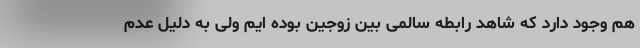
هم وجود دارد که شاهد رابطه سالمی بین زوجین بوده ایم ولی به دلیل عدم